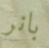
بانر